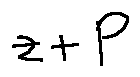
z + P